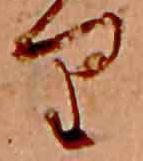
り